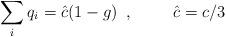
LaTeX: \begin{align*}\sum_i q_i = {\hat c} (1-g) \; \; , \hspace{1cm} {\hat c} = c/3\end{align*}